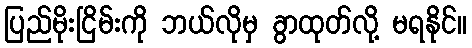
ပြည်မိုးငြိမ်းကို ဘယ်လိုမှ ခွာထုတ်လို့ မရနိုင်။